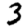
Digit: 3